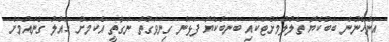
އަންހެނުން ބަބުކެޔޮ ތެލުލުމަށްޓަކައި ބަނބުކެޔޮ ފަޅަން ގިނަވަގުތު ނަގާތީ އެކަމަށް ހައްލު ގެނައުމަށް